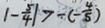
\vert - \frac { 5 } { 4 } \vert > - ( - \frac { 4 } { 5 } )